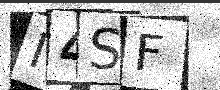
Text: I4SF